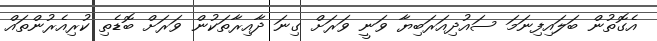
އެގޮތުން ބަލައިފިނަމަ ސައުދިއަރަބިޔާ ވަނީ ވަރަށް ގިނަ ދާއިރާތަކުން ވަރަށް ބޮޑެތި ކުރިއެރުންތައް